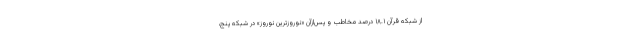
از شبکه قرآن ۱۸.۱ درصد مخاطب و پس‌ازآن «نوروزترین نوروز» در شبکه پنج،